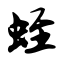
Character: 蛭